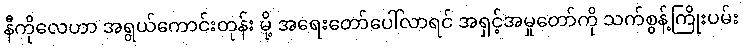
နီကိုလေဟာ အရွယ်ကောင်းတုန်း မို့ အရေးတော်ပေါ်လာရင် အရှင့်အမှုတော်ကို သက်စွန့်ကြိုးပမ်း